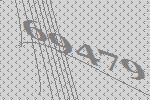
69479